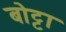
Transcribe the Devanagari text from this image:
बोट्टा